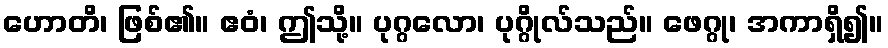
ဟောတိ၊ ဖြစ်၏။ ဧဝံ၊ ဤသို့။ ပုဂ္ဂလော၊ ပုဂ္ဂိုလ်သည်။ ဖေဂ္ဂု၊ အကာရှိ၍။